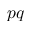
p q